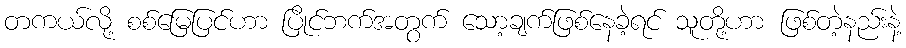
တကယ်လို့ စစ်မြေပြင်ဟာ ပြိုင်ဘက်အတွက် သော့ချက်ဖြစ်နေခဲ့ရင် သူတို့ဟာ ဖြစ်တဲ့နည်းနဲ့